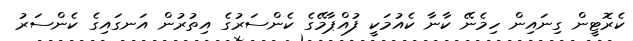
ކެރޮޓީން ގިނައިން ހިމެނޭ ކާނާ ކެއުމަކީ ފުއްޕާމޭގެ ކެންސަރުގެ އިތުރުން އަނގައިގެ ކެންސަރު